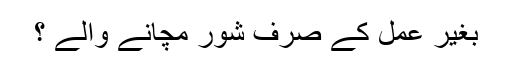
بغیر عمل کے صرف شور مچانے والے ؟